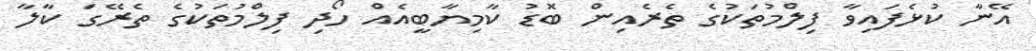
އޭނާ ކުޅެފައިވާ ފިލްމުތަކުގެ ތެރެއިން ބޮޑު ކާމިޔާބީއެއް ހޯދި ފިލްމުތަކުގެ ތެރޭގަ ކާލާ